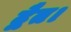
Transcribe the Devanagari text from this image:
द्वैत।